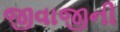
જીવાજીની